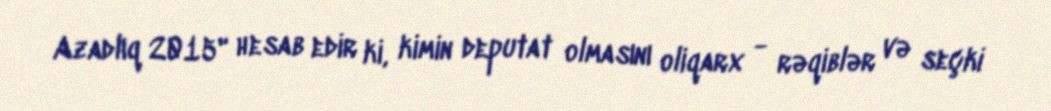
Azadlıq 2015" hesab edir ki, kimin deputat olmasını oliqarx - rəqiblər və seçki